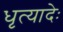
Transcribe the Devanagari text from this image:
धृत्यादेः